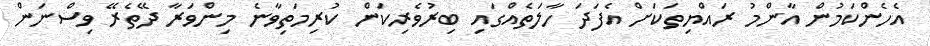
އެހެންކަމުން އާންމު ރައްޔިތަކަށް އެފަދަ ހާލަތެއްގައި ބިރުވެރިކަން ކުރިމަތިވާނެ މިންވަރާ ދޭތެރޭ ވިސްނަން